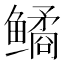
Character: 𫚪